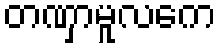
တဏှာမူလကေ